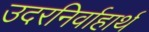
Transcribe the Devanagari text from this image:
उदरनिर्वाहार्थ